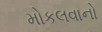
મોકલવાનો